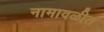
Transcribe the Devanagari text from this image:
नामावळीत